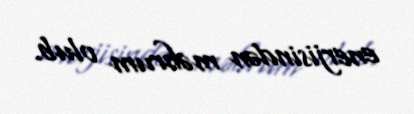
enerjisindən məhrum olub.